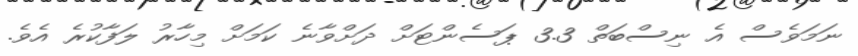
ނަމަވެސް އެ ނިސްބަތް 3.3 ޕަސެންޓަށް ދަށްވާނެ ކަމަށް މިހާރު ލަފާކުރެ އެވެ.